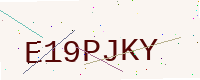
Text: E19PJKY